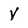
Character: y